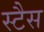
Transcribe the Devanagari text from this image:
स्टैस